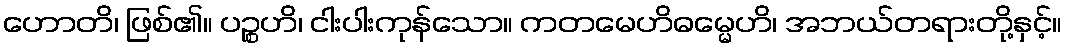
ဟောတိ၊ ဖြစ်၏။ ပဉ္စဟိ၊ ငါးပါးကုန်သော။ ကတမေဟိဓမ္မေဟိ၊ အဘယ်တရားတို့နှင့်။